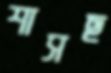
শাসছ